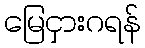
မြေငှားဂရန်